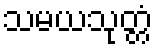
သမယသုတ္တံ